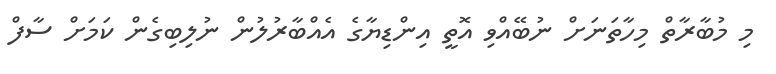
މި މުބާރާތް މިހާތަނަށް ނުބޭއްވި އޮތީ އިންޑިޔާގެ އެއްބާރުލުން ނުލިބިގެން ކަމަށް ސާފް